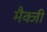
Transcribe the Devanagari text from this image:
मैक्जी